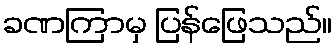
ခဏကြာမှ ပြန်ဖြေသည်။